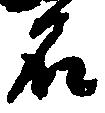
名